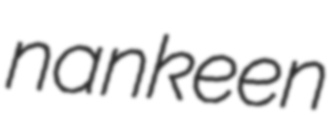
nankeen